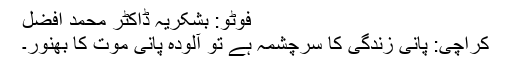
فوٹو: بشکریہ ڈاکٹر محمد افضل
کراچی: پانی زندگی کا سرچشمہ ہے تو آلودہ پانی موت کا بھنور۔